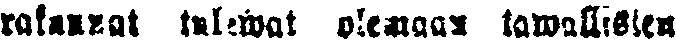
rakunnat tulewat olemaan tawallisten